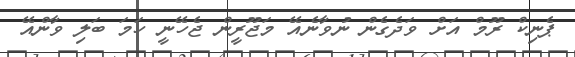
ޕެނިކް ރޫމް އަށް ވަދެގެން ނުވާނެއޭ މަޖޫރީން ޖެހޭނީ ހަމަ ބަލި ވާންއޭ